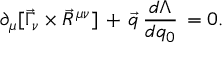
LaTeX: \partial _ { \mu } [ \vec { \Gamma } _ { \nu } \times \vec { R } ^ { \mu \nu } ] \, + \, \vec { q } \, \frac { d \Lambda } { d q _ { 0 } } \, = 0 .